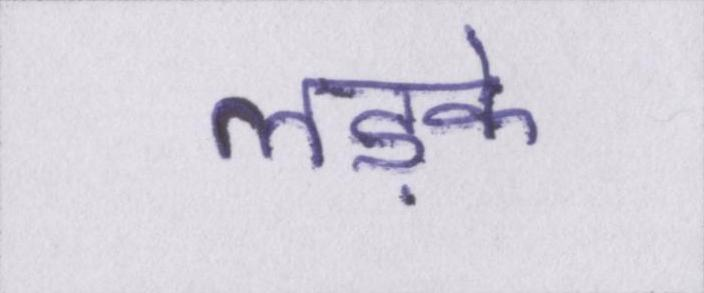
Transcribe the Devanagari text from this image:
लड़के